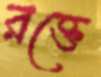
রক্তে